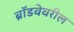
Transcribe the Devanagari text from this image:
ब्रॉडवेवरील